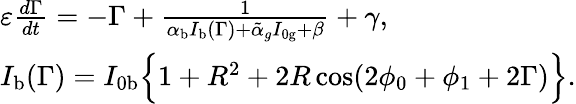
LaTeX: \begin{array}{l}{\varepsilon\frac{d\Gamma}{dt}=-\Gamma+\frac{1}{\alpha_{\mathrm{b}}I_{\mathrm{b}}(\Gamma)+\tilde{\alpha}_{g}I_{0\mathrm{g}}+\beta}+\gamma,}\\ {I_{\mathrm{b}}(\Gamma)=I_{0\mathrm{b}}\Big\{ 1+R^{2}+2R\cos(2\phi_{0}+\phi_{1}+2\Gamma)\Big\} .}\end{array}